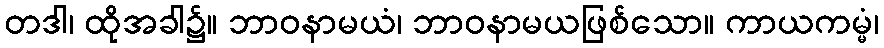
တဒါ၊ ထိုအခါ၌။ ဘာဝနာမယံ၊ ဘာဝနာမယဖြစ်သော။ ကာယကမ္မံ၊